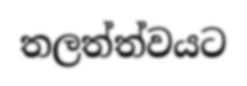
තලත්ත්වයට